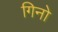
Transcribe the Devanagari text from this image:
गिनो